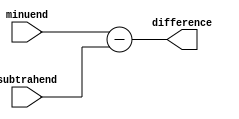
module subtractor (
    input [7:0] minuend,
    input [7:0] subtrahend,
    output reg [7:0] difference
);

always @* begin
    difference = minuend - subtrahend;
end

endmodule